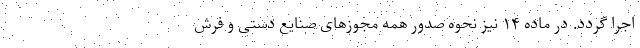
اجرا گردد. در ماده ۱۴ نیز نحوه صدور همه مجوز‌های صنایع دستی و فرش